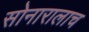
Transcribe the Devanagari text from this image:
सोनारालाच